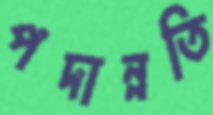
পদান্নতি